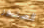
الصنبور